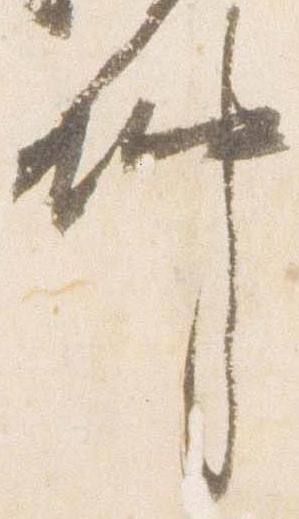
仲